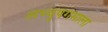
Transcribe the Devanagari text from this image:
अभ्युपगमाला